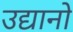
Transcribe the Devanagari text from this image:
उद्यानो